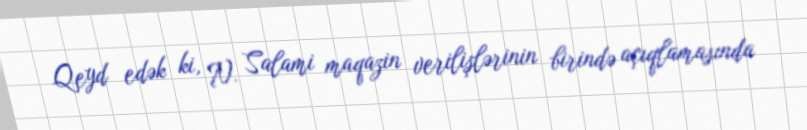
Qeyd edək ki, N. Salami maqazin verilişlərinin birində açıqlamasında